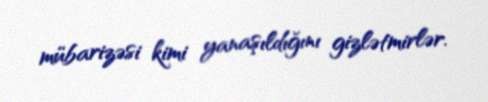
mübarizəsi kimi yanaşıldığını gizlətmirlər.